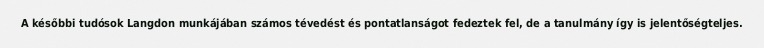
A későbbi tudósok Langdon munkájában számos tévedést és pontatlanságot fedeztek fel, de a tanulmány így is jelentőségteljes.